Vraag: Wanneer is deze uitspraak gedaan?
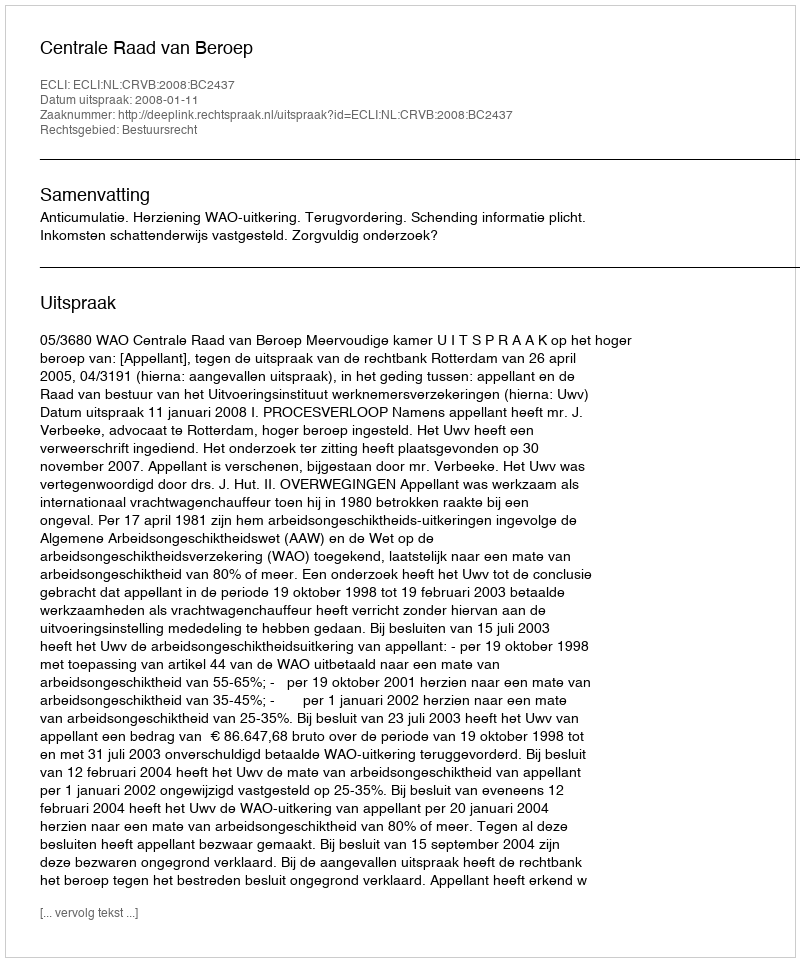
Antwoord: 2008-01-11